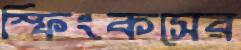
স্ফিংকসের